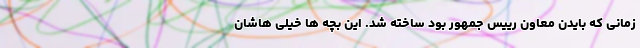
زمانی که بایدن معاون رییس جمهور بود ساخته شد. این بچه ها خیلی هاشان